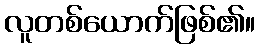
လူတစ်ယောက်ဖြစ်၏။